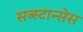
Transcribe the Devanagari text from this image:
सब्स्टान्सेस